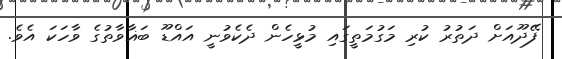
ފޭދޫއަށް ދަތުރު ކުރި މަގުމަތީގައި މުޅީހެން ދެކެވުނީ އައްޑޫ ބަޣާވާތުގެ ވާހަކަ އެވެ.